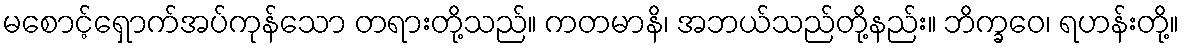
မစောင့်ရှောက်အပ်ကုန်သော တရားတို့သည်။ ကတမာနိ၊ အဘယ်သည်တို့နည်း။ ဘိက္ခဝေ၊ ရဟန်းတို့။